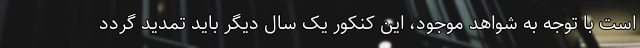
است با توجه به شواهد موجود، این کنکور یک سال دیگر باید تمدید گردد